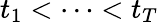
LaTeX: t_{1}<\dots<t_{T}